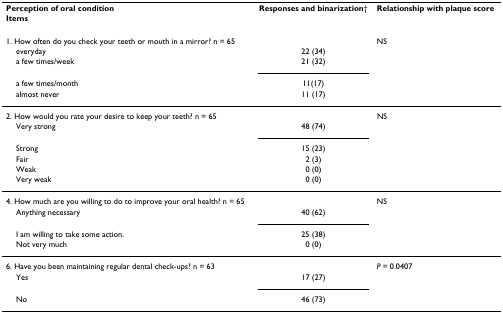
| Perception of oral condition | Responses and binarization† | Relationship with plaque score |
 | Items |  |  |
 | --- | --- | --- |
 | 1. How often do you check your teeth or mouth in a mirror? n = 65 |  | NS |
 | everyday | 22 (34) |  |
 | a few times/week | 21 (32) |  |
 | a few times/month | 11(17) |  |
 | almost never | 11 (17) |  |
 | 2. How would you rate your desire to keep your teeth? n = 65 |  | NS |
 | Very strong | 48 (74) |  |
 | Strong | 15 (23) |  |
 | Fair | 2 (3) |  |
 | Weak | 0 (0) |  |
 | Very weak | 0 (0) |  |
 | 4. How much are you willing to do to improve your oral health? n = 65 |  | NS |
 | Anything necessary | 40 (62) |  |
 | I am willing to take some action. | 25 (38) |  |
 | Not very much | 0 (0) |  |
 | 6. Have you been maintaining regular dental check-ups? n = 63 |  | P = 0.0407 |
 | Yes | 17 (27) |  |
 | No | 46 (73) |  |